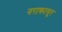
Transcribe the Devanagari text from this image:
नराकासुर